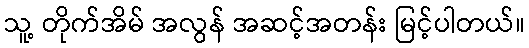
သူ့ တိုက်အိမ် အလွန် အဆင့်အတန်း မြင့်ပါတယ်။